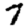
Digit: 7